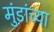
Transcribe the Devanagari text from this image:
मुंडांच्या